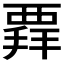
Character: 𧟲